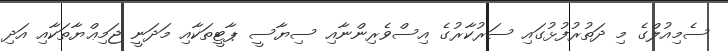
ސެމިއުލްގެ މި ދަތުރުފުޅުގައި ސަރުކާރުގެ އިސްވެރިންނާއި ސިޔާސީ ޕާޓީތަކާއި މަދަނީ ޖަމިޢްޔާތަކާއި އަދި